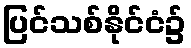
ပြင်သစ်နိုင်ငံ၌